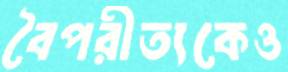
বৈপরীত্যকেও